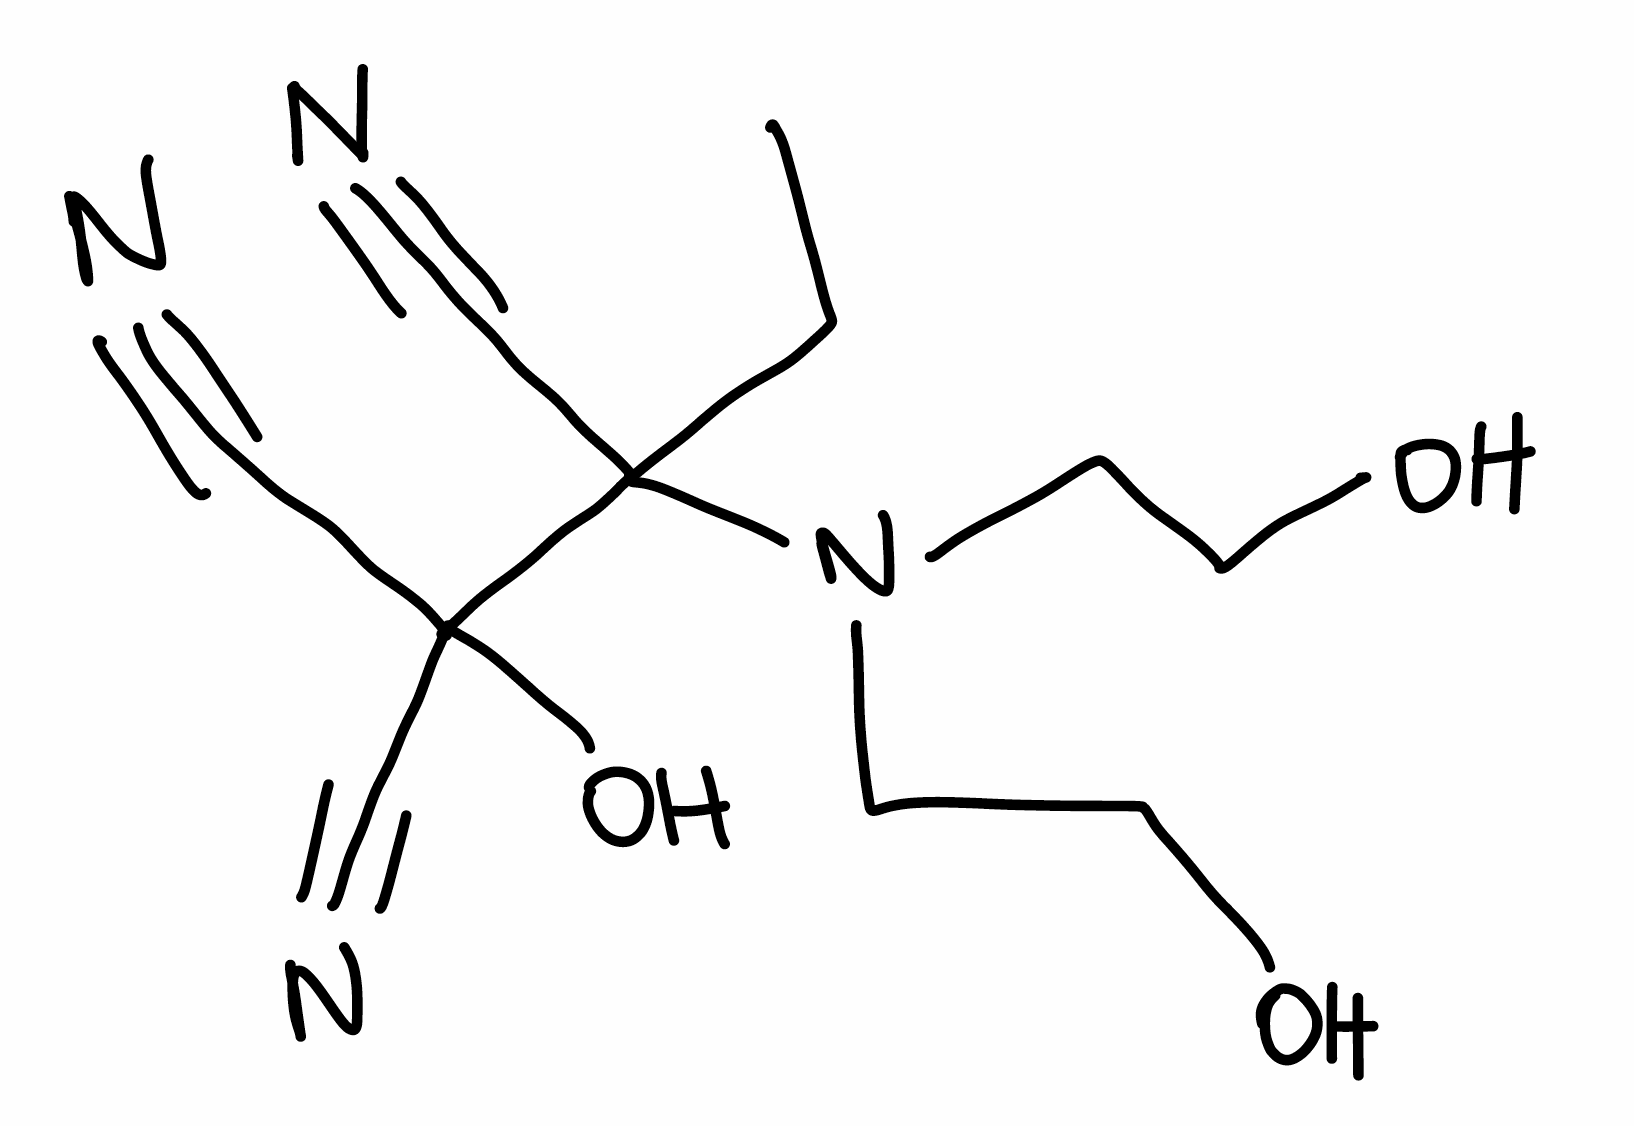
Simplified molecular-input line-entry system (SMILES) notation of the given molecule:
CCC(C#N)(C(C#N)(C#N)O)N(CCO)CCO